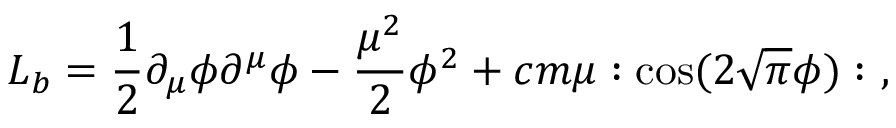
{ \cal L } _ { b } = { \frac { 1 } { 2 } } \partial _ { \mu } \phi \partial ^ { \mu } \phi - { \frac { \mu ^ { 2 } } { 2 } } \phi ^ { 2 } + c m \mu : \cos ( 2 \sqrt { \pi } \phi ) : \ ,